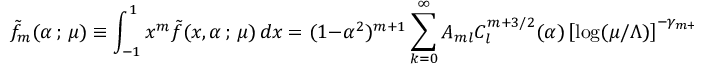
\tilde { f } _ { m } ( \alpha \, ; \, \mu ) \equiv \int _ { - 1 } ^ { 1 } x ^ { m } \tilde { f } ( x , \alpha \, ; \, \mu ) \, d x = ( 1 - \alpha ^ { 2 } ) ^ { m + 1 } \sum _ { k = 0 } ^ { \infty } A _ { m l } C _ { l } ^ { m + 3 / 2 } ( \alpha ) \left[ \log ( \mu / \Lambda ) \right] ^ { - \gamma _ { m + l } / \beta _ { 0 } } \, ,